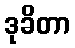
ဒုခိတာ